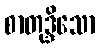
စာတုဒ္ဒိသော